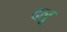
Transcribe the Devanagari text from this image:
दलू